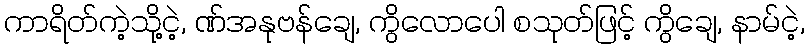
ကာရိတ်ကဲ့သို့ငဲ့, ဏ်အနုဗန်ချေ, ကွိလောပေါ စသုတ်ဖြင့် ကွိချေ, နာမ်ငဲ့,